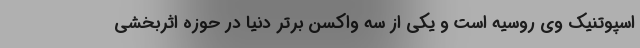
اسپوتنیک وی روسیه است و یکی از سه واکسن برتر دنیا در حوزه اثربخشی